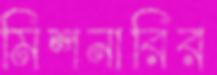
মিশনারির